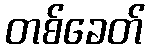
တစ်ခေတ်